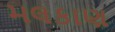
મલકાણ